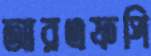
আরএফপি